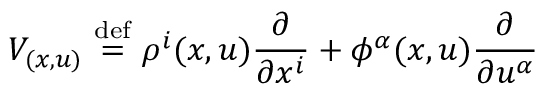
V _ { ( x , u ) } \ { \stackrel { \mathrm { d e f } } { = } } \ \rho ^ { i } ( x , u ) { \frac { \partial } { \partial x ^ { i } } } + \phi ^ { \alpha } ( x , u ) { \frac { \partial } { \partial u ^ { \alpha } } }